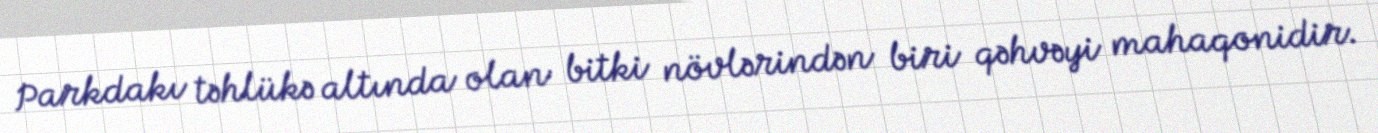
Parkdakı təhlükə altında olan bitki növlərindən biri qəhvəyi mahaqonidir.